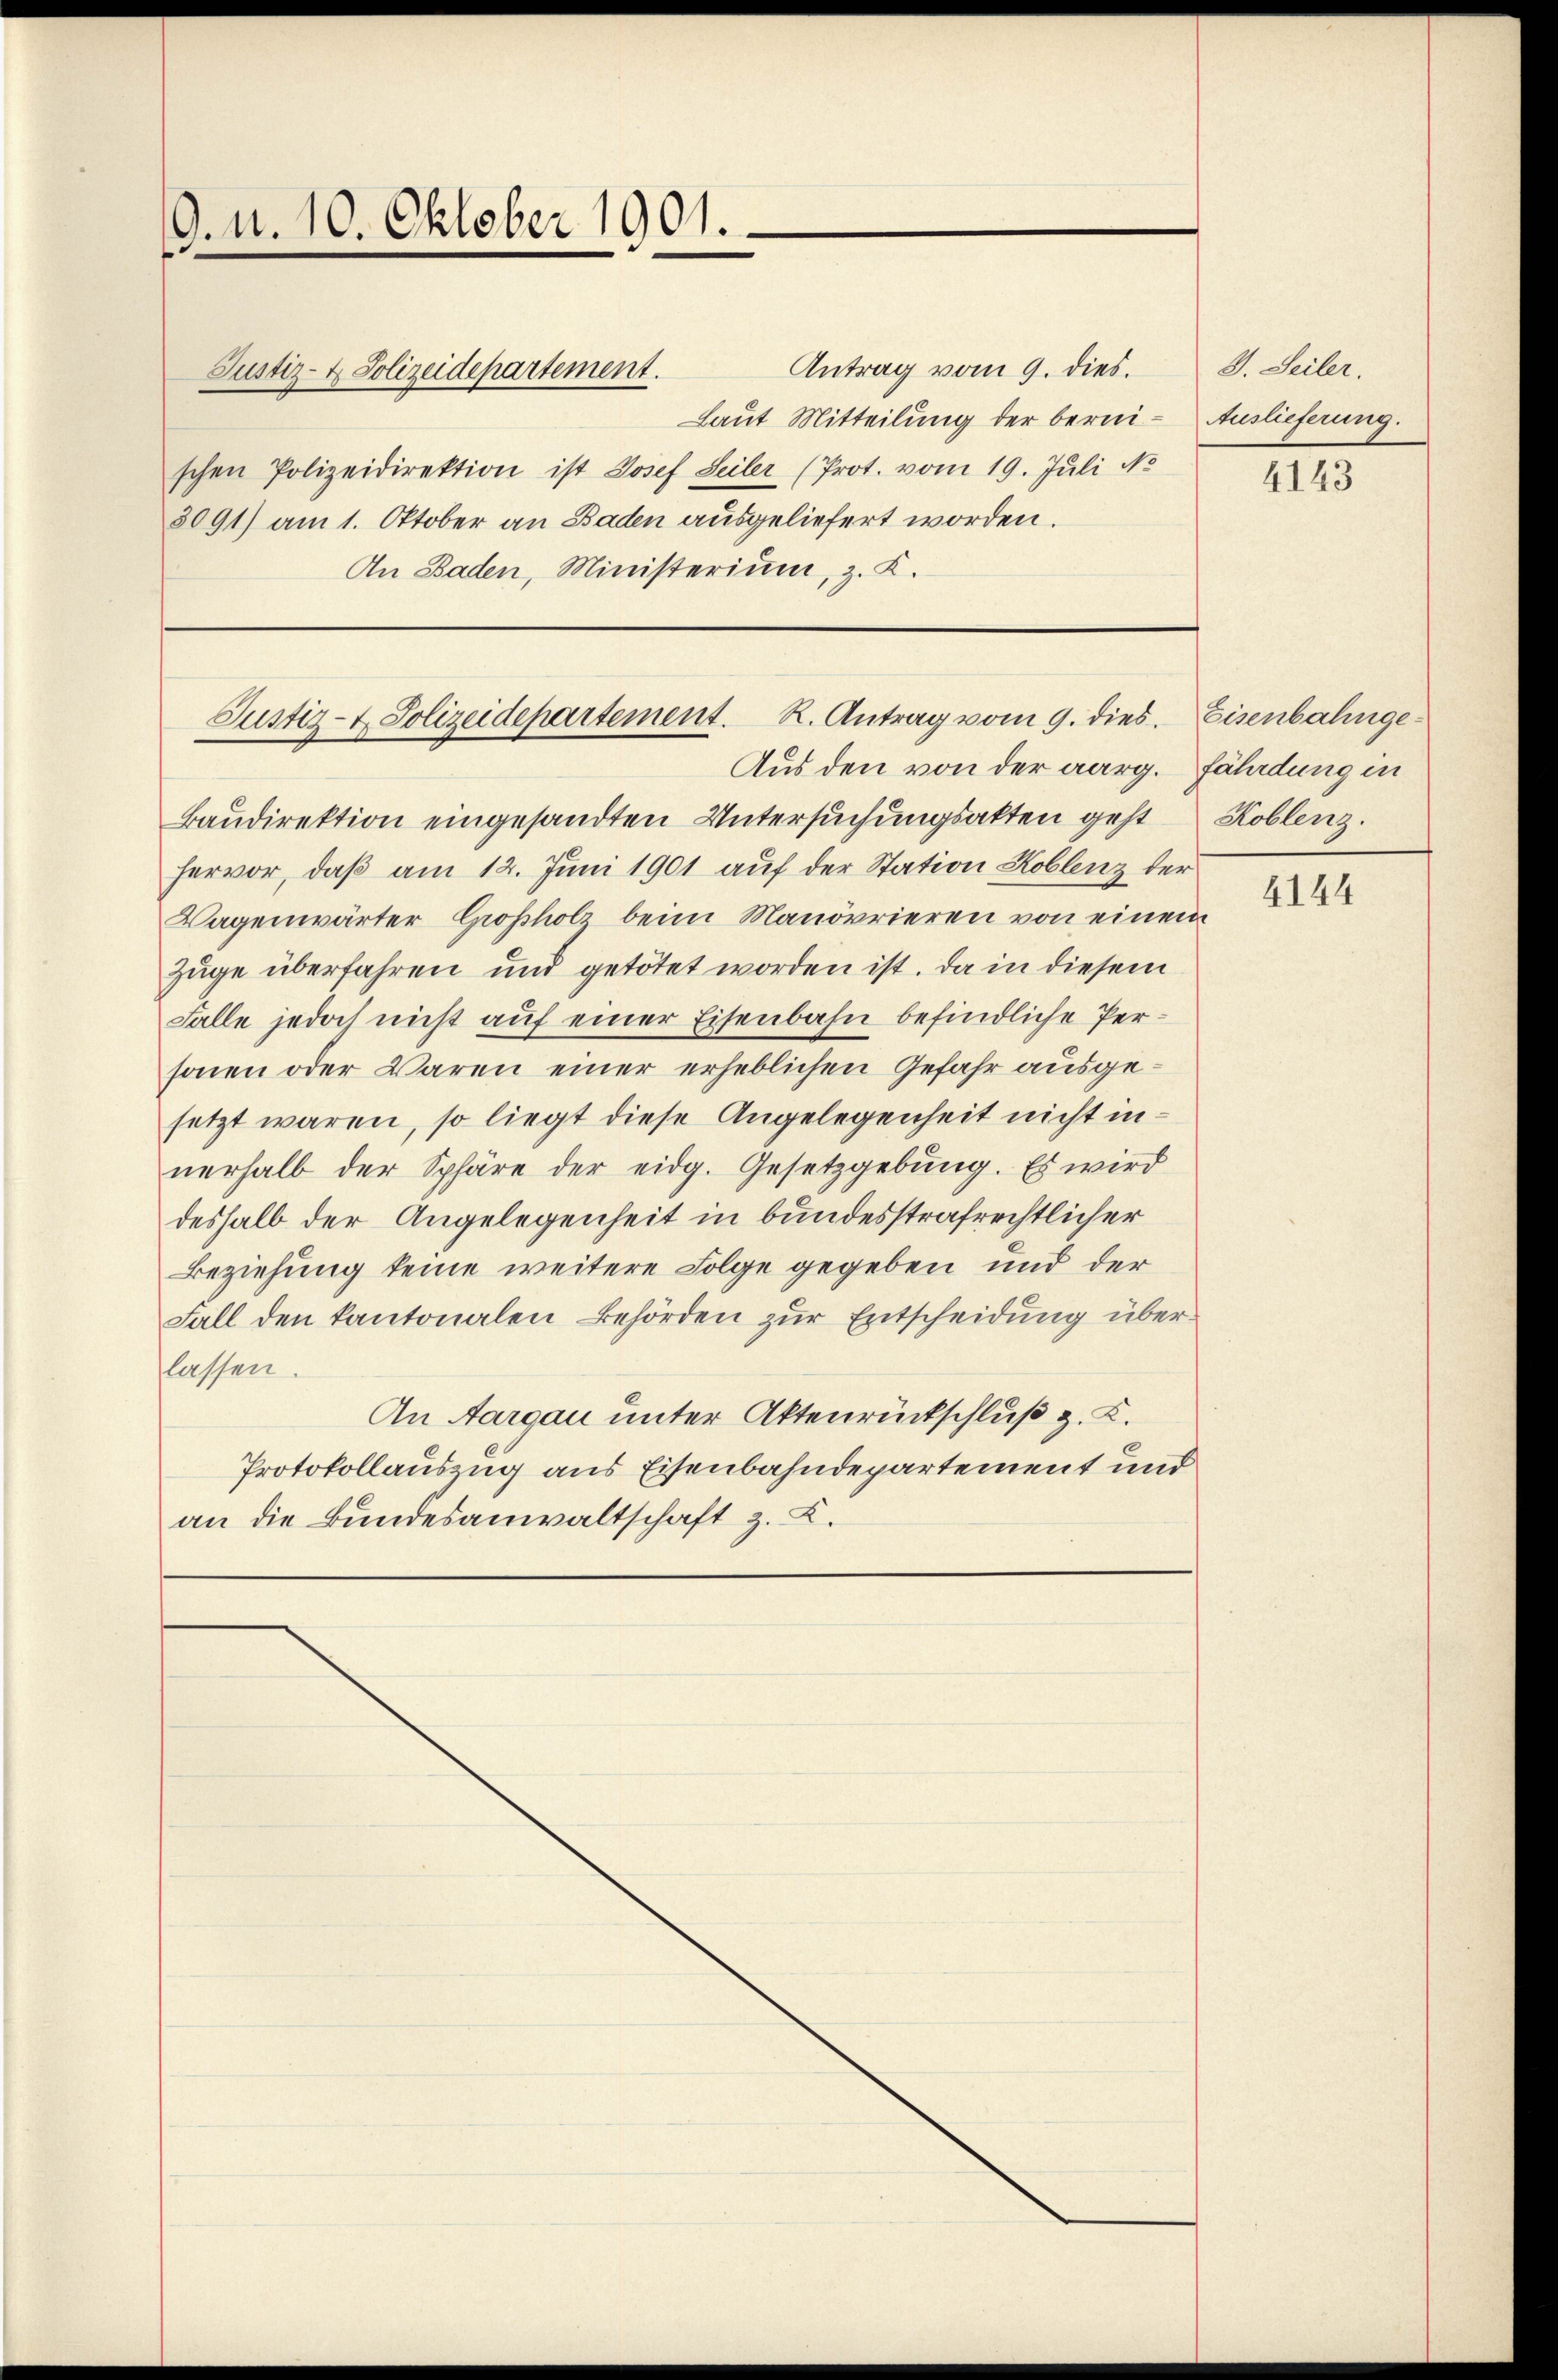
9. N. 10. Oktober 1901.
Justiz- & Polizeidepartement.

Antrag vom 9. dies.
Laut Mitteilung der berni- Auslieferung.
schen Polizeidirektion ist Josef Seiler (Prot. vom 19. Juli No
3091) am 1. Oktober an Baden ausgeliefert worden.
An Baden, Ministerium, z. K.

Justiz- & Polizeidepartement. R. Antrag vom 9. dies
Aus den von der aarg. Fäladung in

Baudirektion eingesandten Untersuchungsakten geht Koblenz.
hervor, daß am 12. Juni 1901 auf der Station Koblenz der
Wagenwärter Grossholz beim Manövrieren von einem
Züge überfahren und getötet worden ist. Da in diesem
Falle jedoch nicht auf einer Eisenbahn befindliche Personen oder Waren einer erheblichen Gefahr ausgesetzt waren, so liegt diese Angelegenheit nicht innerhalb der Sphäre der eidg. Gesetzgebung. Es wird
deshalb der Angelegenheit in bundesstrafrechtlicher
Beziehung keine weitere Folge gegeben und der
Fall den kantonalen Behörden zur Entscheidung überlassen.
An Aargau unter Aktenrückschluß z. B.
Protokollauszug aus Eisenbahndepartement und
an die Bundesanwaltschaft z. K.

I. Seiler.

4143

Eisenbahnge¬

4144